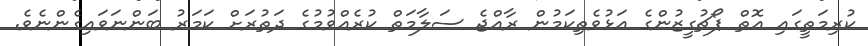
ކުރިމަތީގައި އޮތް ޕޯޗުގީޒުންގެ އަޅުވެތިކަމުން ރާއްޖެ ސަލާމަތް ކުރެއްވުމުގެ ދަތުރަށް ކަމަރު ބަންނަވައިގެންނެވެ.